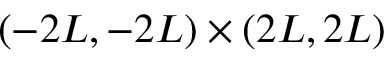
( - 2 L , - 2 L ) \times ( 2 L , 2 L )